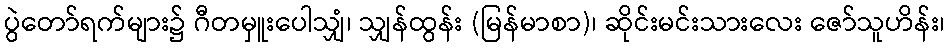
ပွဲတော်ရက်များ၌ ဂီတမှူးပေါသျှံ၊ သျှန်ထွန်း (မြန်မာစာ)၊ ဆိုင်းမင်းသားလေး ဇော်သူဟိန်း၊